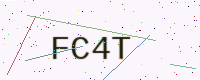
Text: FC4T